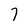
Character: 7